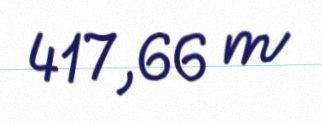
417,66 m